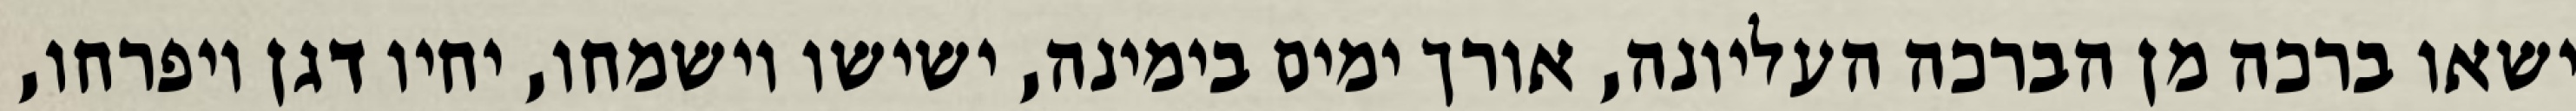
ישאו ברכה מן הברכה העליונה, אורך ימים בימינה, ישישו וישמחו, יחיו דגן ויפרחו,